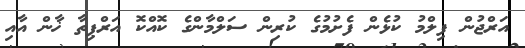
އަރްޖުން ފިލްމު ކުޅެން ފެށުމުގެ ކުރިން ސަލްމާންގެ ކޮއްކޮ އަރްޕިތާ ޚާން އާއި